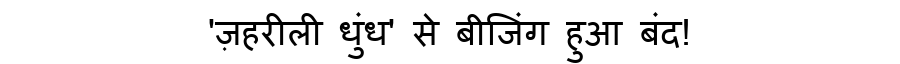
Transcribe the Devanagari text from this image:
'ज़हरीली धुंध' से बीजिंग हुआ बंद!